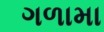
ગળામા